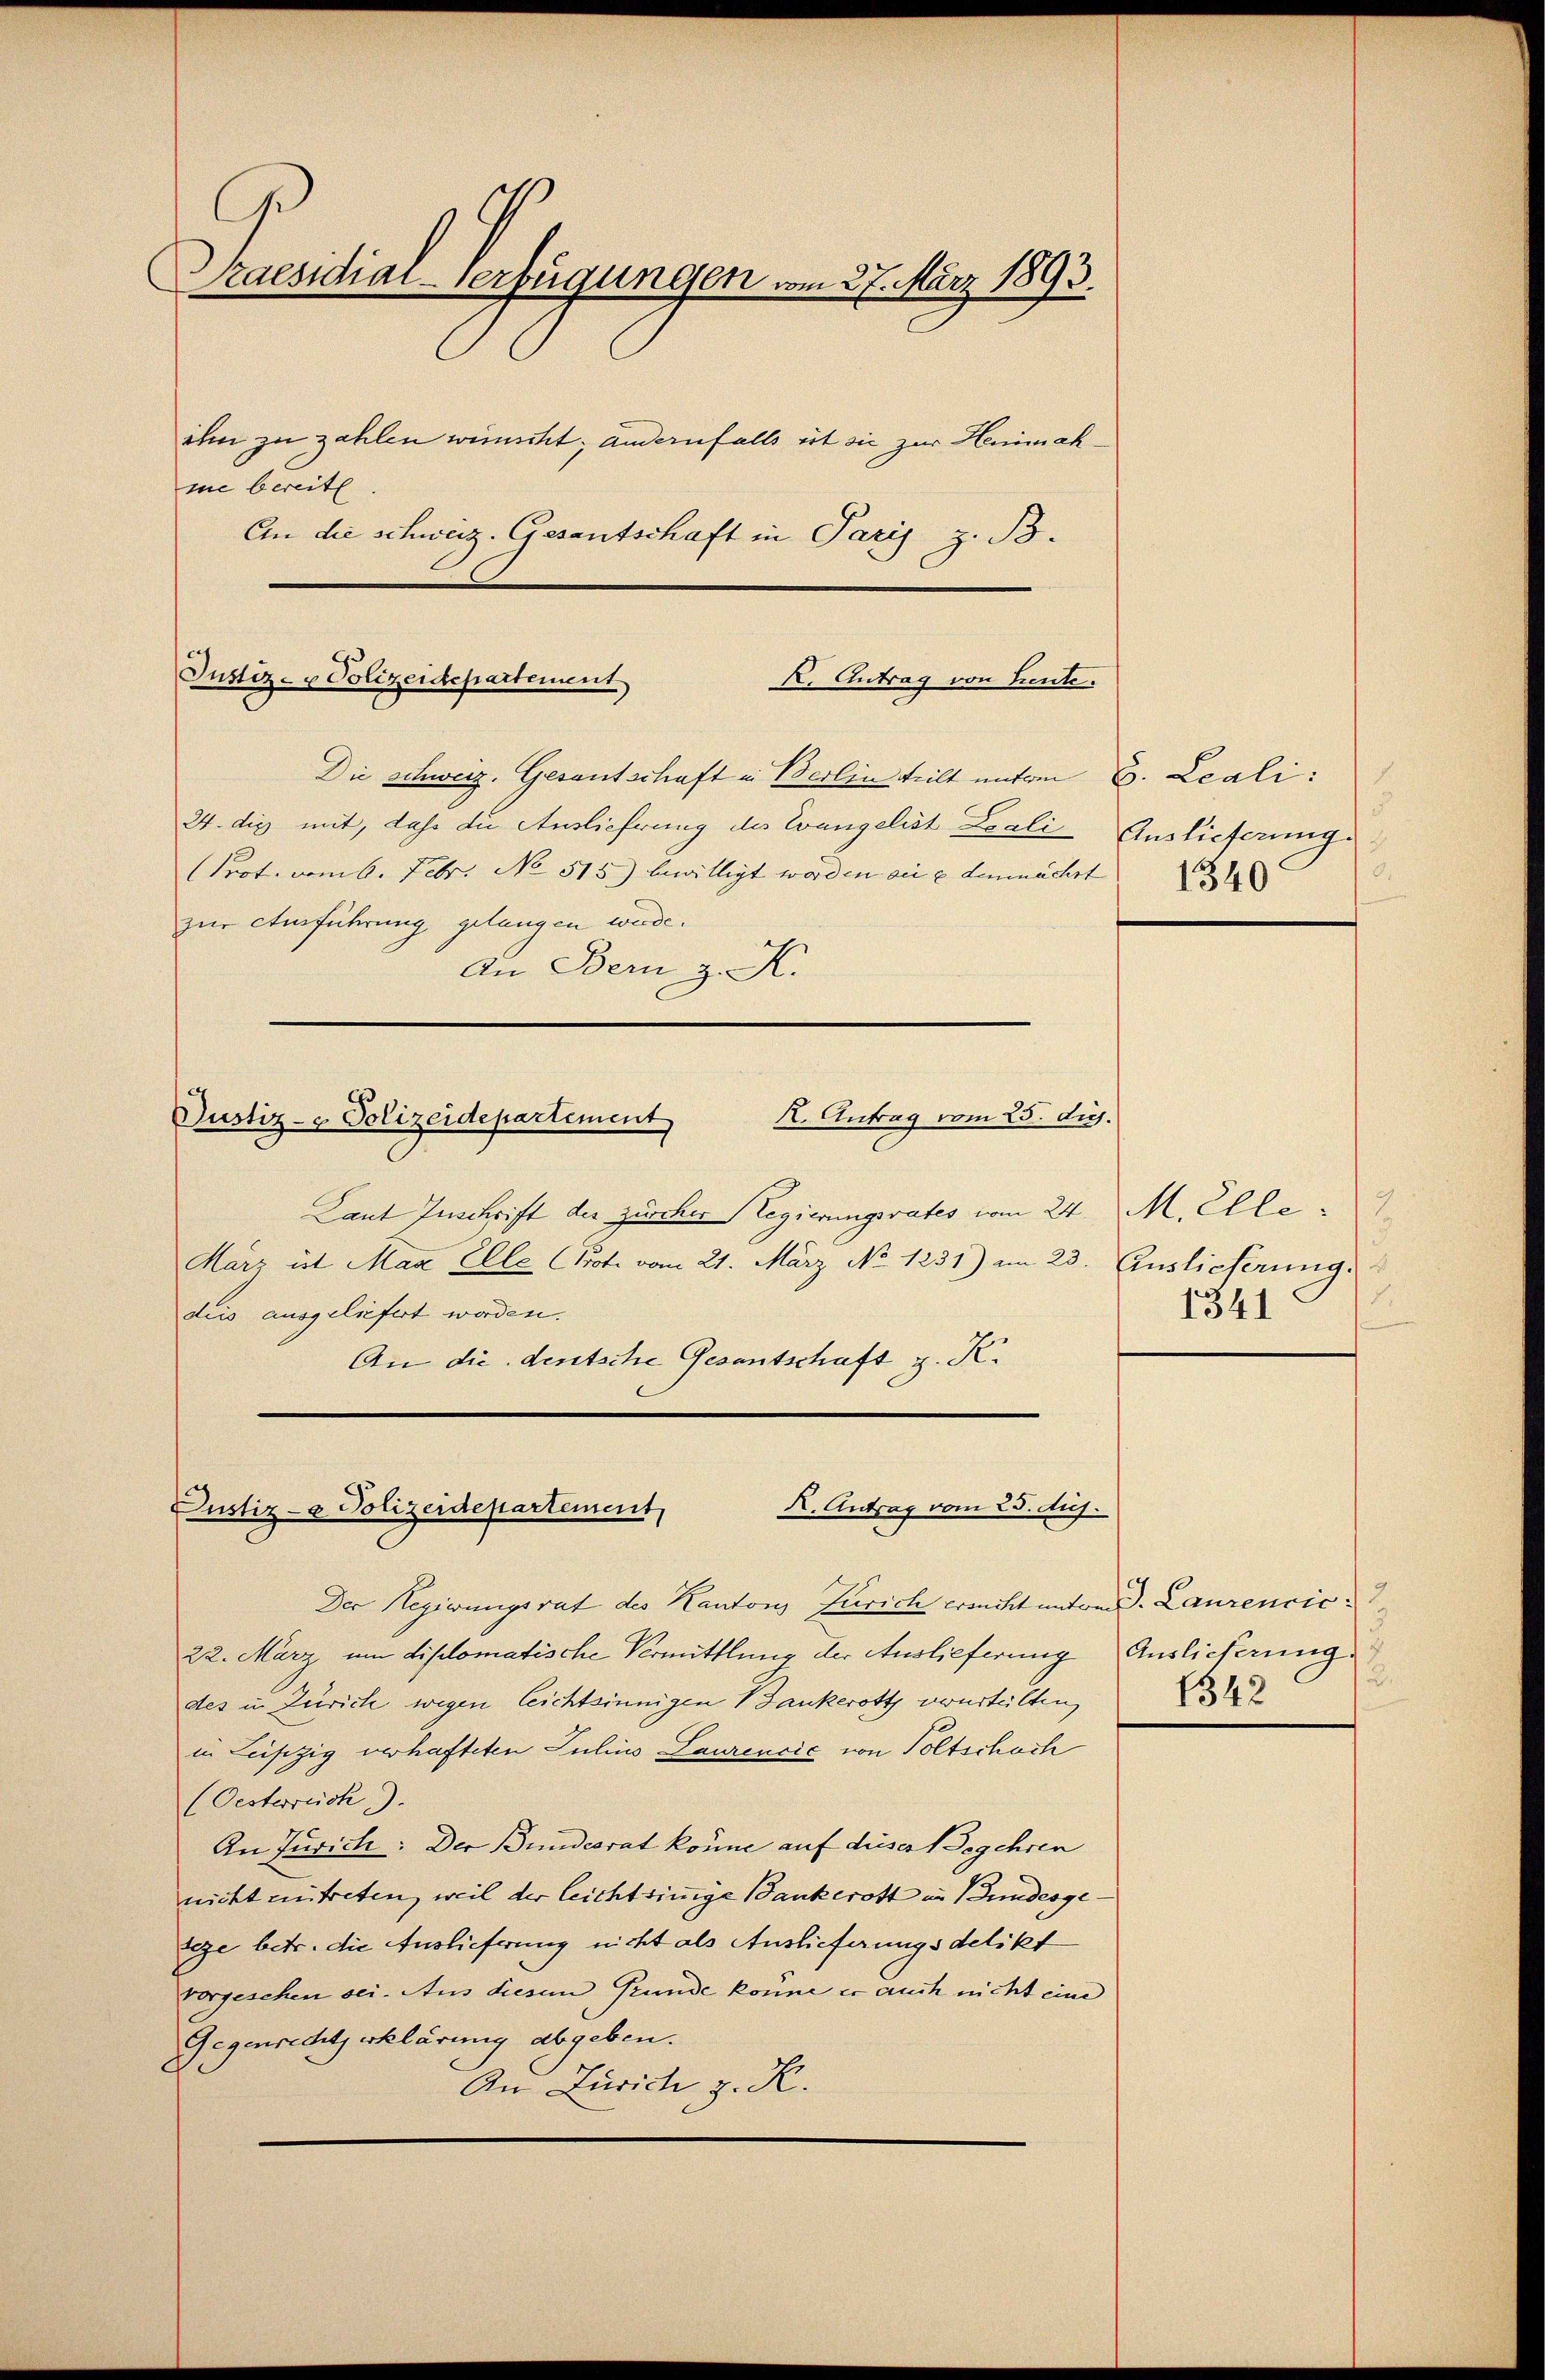
Praesidial-Verfügungen vom 27. März 1893.
ihm zu zahlen wünscht; andernfalls ist sie zur Heimahme bereite
An die schweiz. Gesantschaft in Paris z. B.

Die Schweiz. Gesantschaft in Berlin teilt unter B. Leali:
24. die mit, daß die Auslieferung des Evangelist Loali Auslieferungs-
Prot. vom 6. Febr. No 515.) bewilligt worden an u demnächst
zur Ausführung gelangen werde.
An Bern z. K.
K. Antrag vom 25. dich.
Justiz- & Polizeidepartement
Laut Zuschrift der zürcher Regierungsrates vom 24. M. Elle¬
Marz ist Man Elle (Pot. vom 21. März No. 1231) am 23. Auslieferung.
deis ausgeliefert worden.
An die deutsche Gesantschaft z. K.

Justiz- & Polizeidepartement
K. Antrag von heute.

X. Antrag vom 25. Aus
Justiz- & Polizeidepartement

Der Regierungsrat des Kantons Zürich ersucht unter d. Laurencic¬
22. März um diplomatische Vermittlung der Auslieferung
des in Zürich wegen leichtsinnigen Bankerott verurteilten,
in Leipzig verhafteten Julius Laurencić von Poltschach
(Oesterreich.).
An Jurich: Der Bundesrat könne auf dieser Begehren
nicht entreten, weil der leichtsinnige Bankerott im Bundesgeseze betr. die Auslieferung nicht als Auslieferungsdelikt
vorgesehen sei. Aus diesem Bunde könne er auch nicht eine
Gegenrecht erklärung abgeben.
An Zürich z. R.

5
5.

2.
1341

Auslieferung.
2
1342